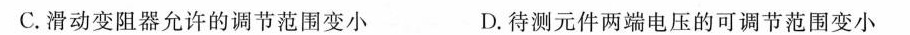
C.滑动变阻器允许的调节范围变小 D.待测元件两端电压的可调节范围变小